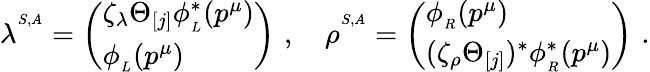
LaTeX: \lambda^{^{S,A}}=\left(\begin{array}{l}{{\zeta_{\lambda}\Theta_{[j]}\phi_{_L}^{\ast}(p^{\mu})}}\\ {{\phi_{_L}(p^{\mu})}}\end{array}\right)\, \, ,\quad\rho^{^{S,A}}=\left(\begin{array}{l}{{\phi_{_R}(p^{\mu})}}\\ {{(\zeta_{\rho}\Theta_{[j]})^{\ast}\phi_{_R}^{\ast}(p^{\mu})}}\end{array}\right)\, \, .